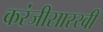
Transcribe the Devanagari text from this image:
करंजीसारखी